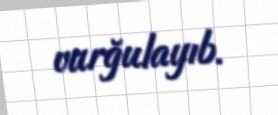
vurğulayıb.